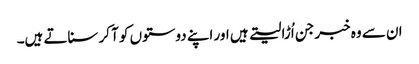
ان سے وہ خبر جن اُڑا لیتے ہیں اور اپنے دوستوں کو آ کر سناتے ہیں۔